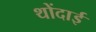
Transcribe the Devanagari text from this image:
थोंदाई